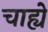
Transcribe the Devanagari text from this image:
चाह्ये